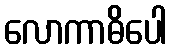
လောကာဓိပေါ